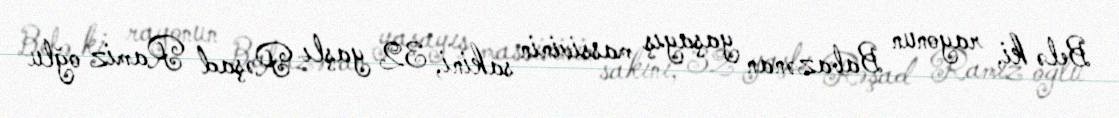
Belə ki, rayonun Babazənan yaşayış massivinin sakini, 32 yaşlı Rəşad Ramiz oğlu